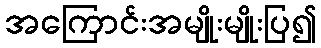
အကြောင်းအမျိုးမျိုးပြ၍